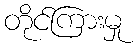
တိုင်ကြားမှု